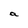
Character: a